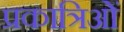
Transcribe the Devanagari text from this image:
प्रकात्रिओं